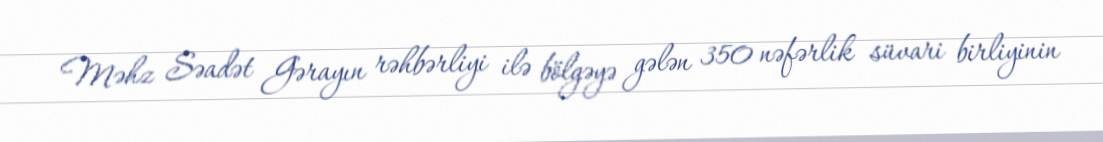
Məhz Səadət Gərayın rəhbərliyi ilə bölgəyə gələn 350 nəfərlik süvari birliyinin